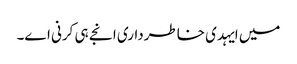
میں ایہدی خاطرداری انجے ہی کرنی اے۔